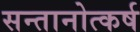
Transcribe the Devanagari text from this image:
सन्तानोत्कर्ष